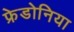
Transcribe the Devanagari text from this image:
फ्रेडोनिया